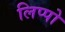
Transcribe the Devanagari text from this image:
लिप्पो